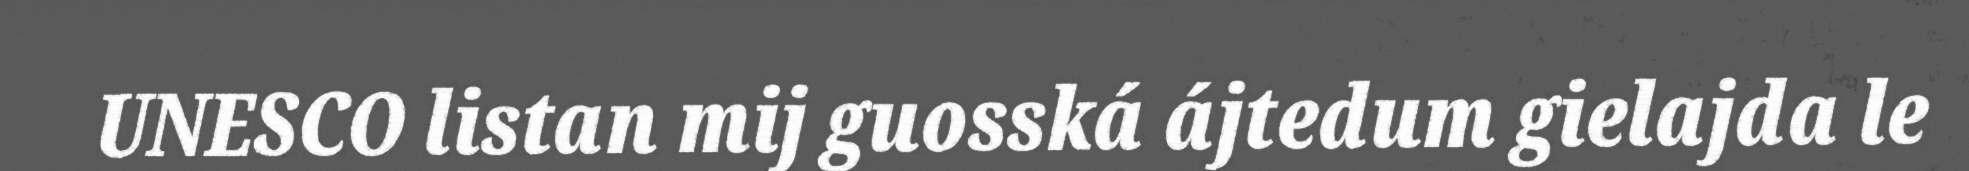
UNESCO listan mij guosská ájtedum gielajda le